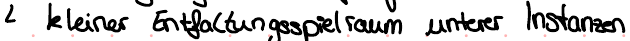
kleiner Entfaltungsspielraum unterer Instanzen